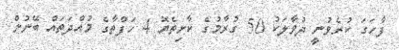
ފާހަގަ ކުރެވުނީ ދުވާލަކު 50 ގުރާމުގެ ކާށިތެޔޮ 4 ހަފްތާގެ މުއްދަތައް ބޭނުން